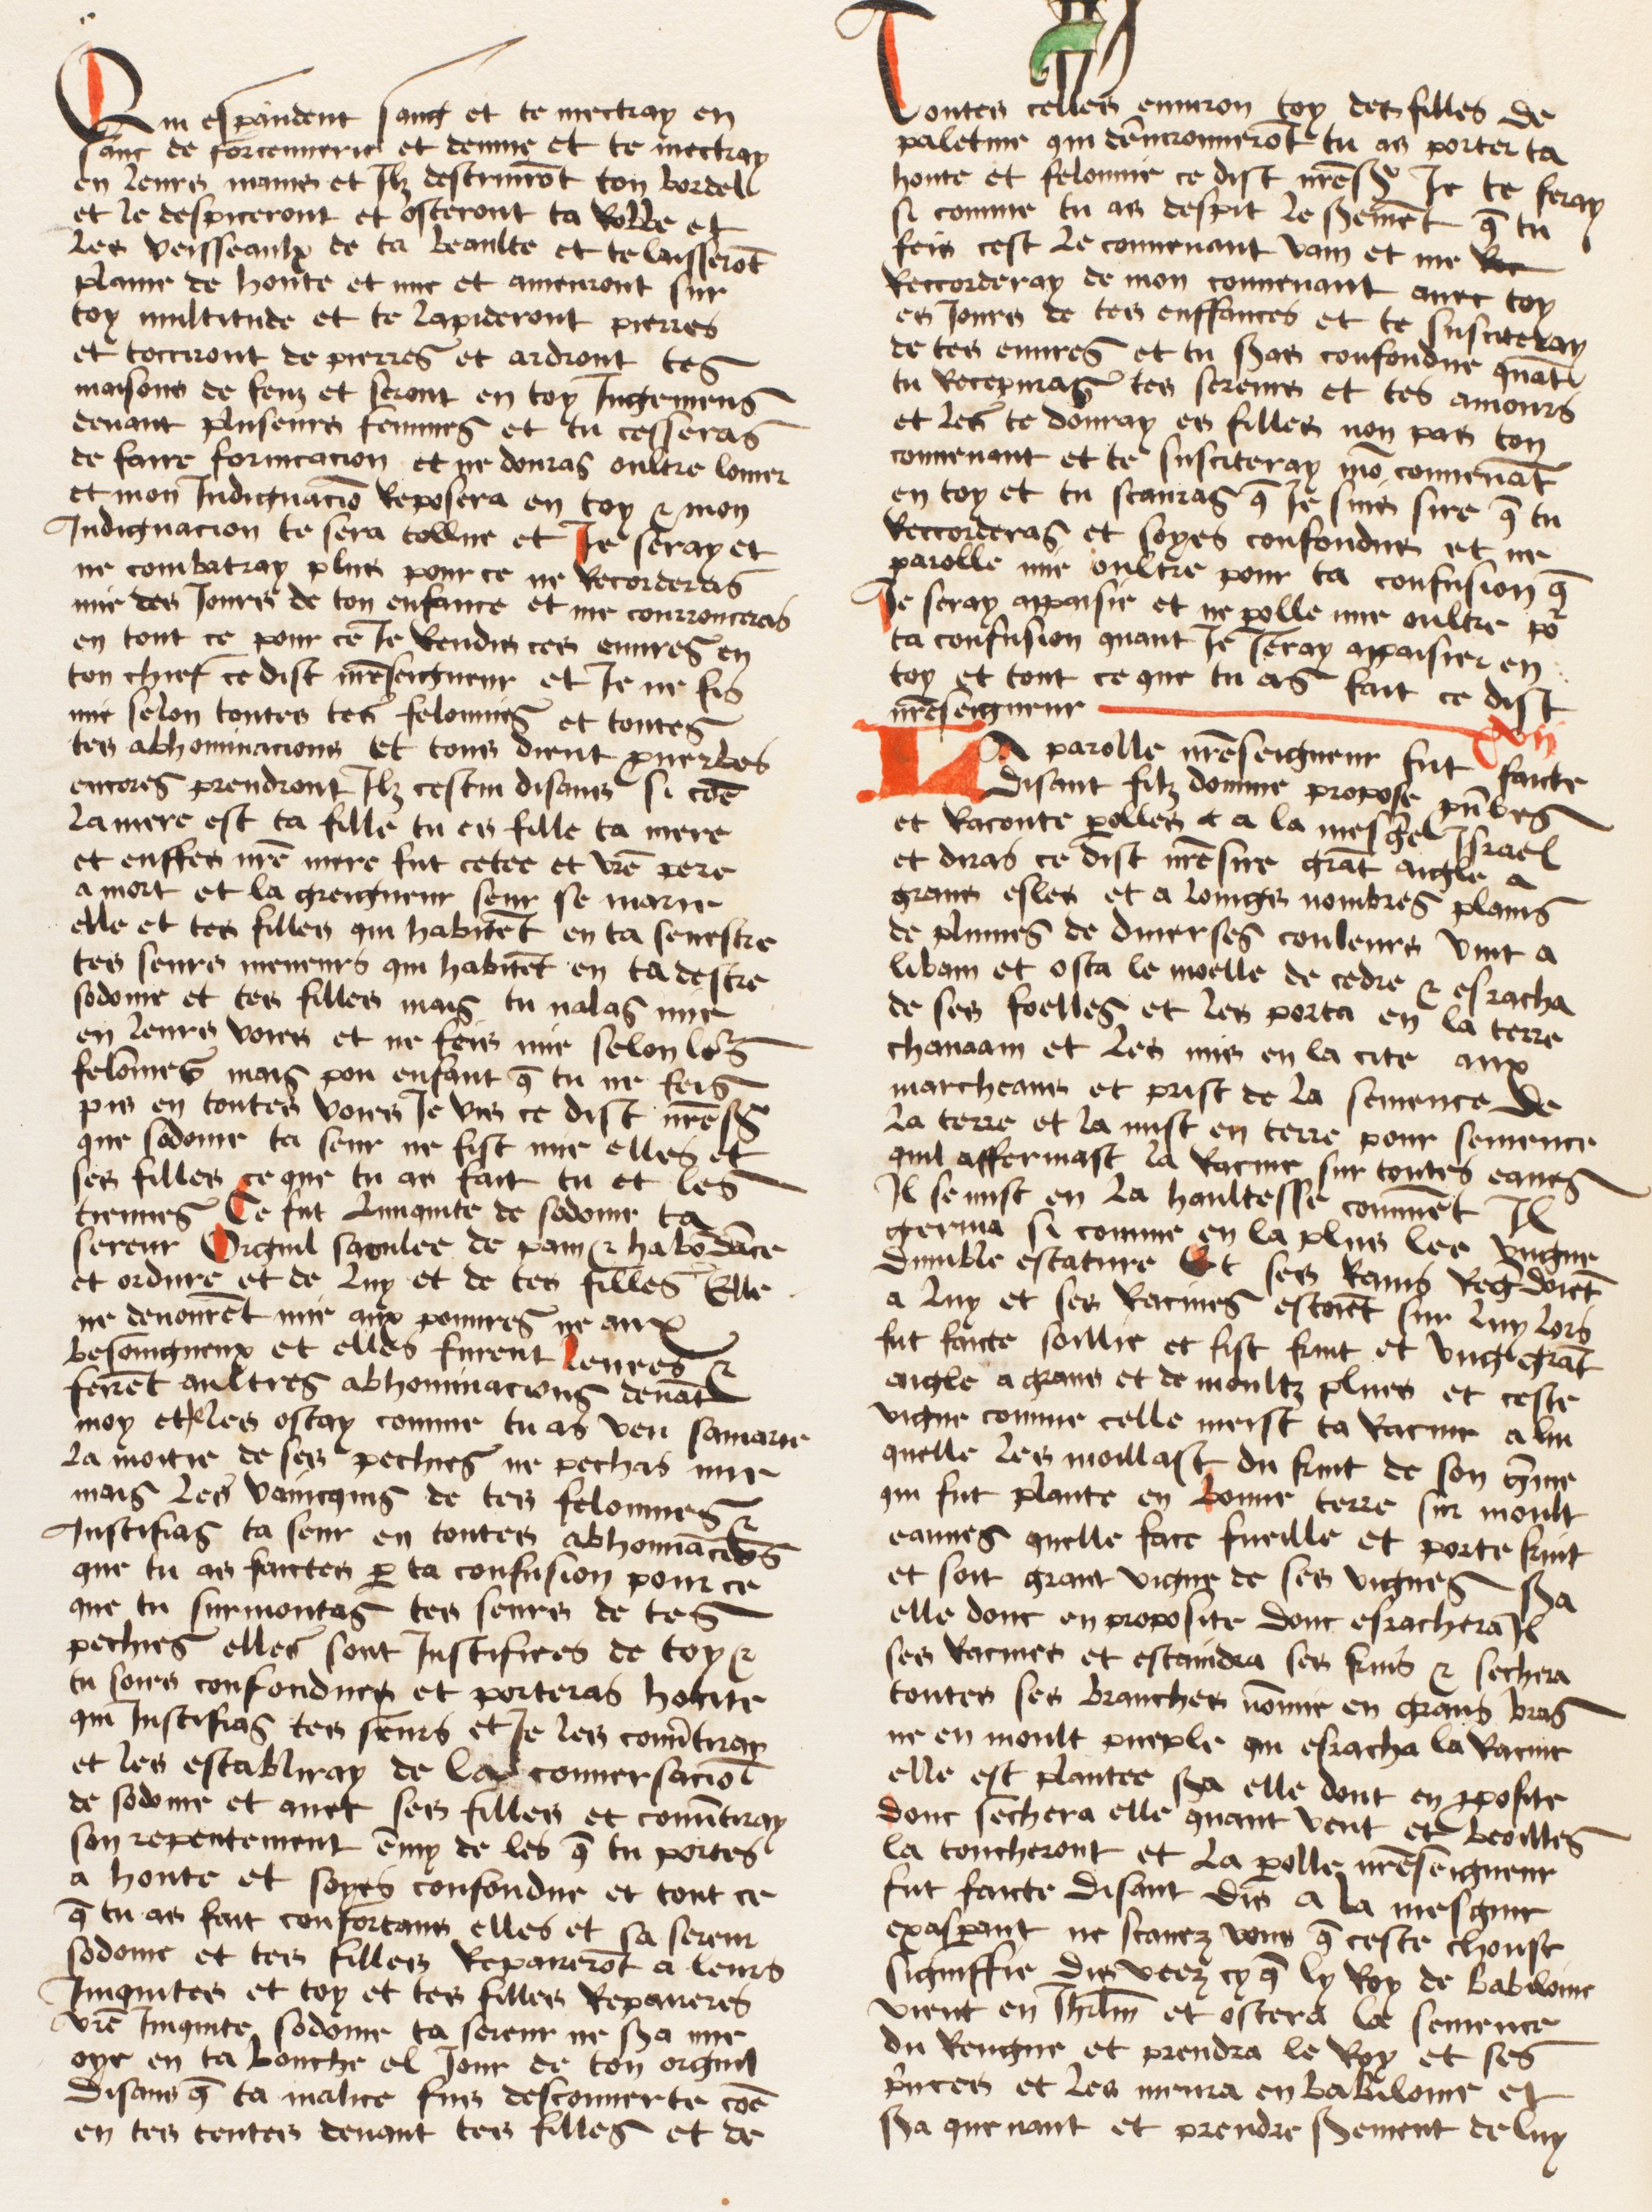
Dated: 1474–1474